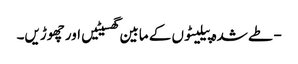
- طے شدہ پیلیٹوں کے مابین گھسیٹیں اور چھوڑیں۔